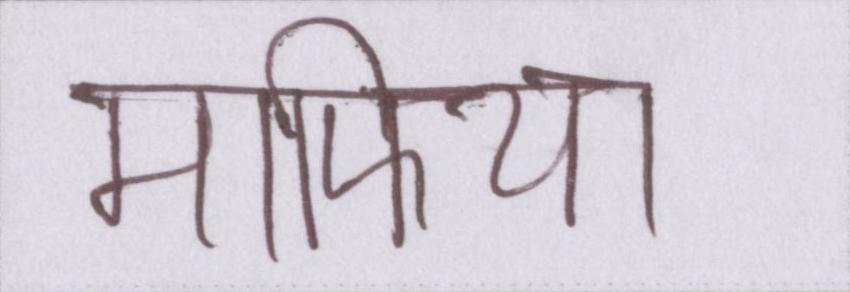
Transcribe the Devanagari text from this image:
माफिया